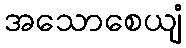
အသောစေယျံ